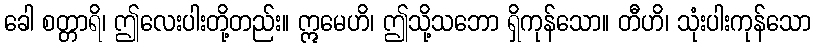
ခေါ စတ္တာရိ၊ ဤလေးပါးတို့တည်း။ ဣမေဟိ၊ ဤသို့သဘော ရှိကုန်သော။ တီဟိ၊ သုံးပါးကုန်သော